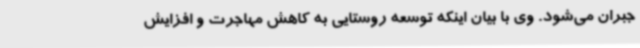
جبران می‌شود. وی با بیان اینکه توسعه روستایی به کاهش مهاجرت و افزایش